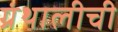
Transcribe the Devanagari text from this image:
ग्रंथालीची